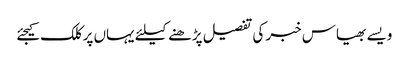
ویسے بھیاس خبر کی تفصیل پڑھنے کیلئے یہاں پر کلک کیجئے